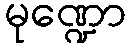
မုဏ္ဍော